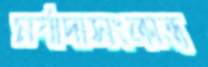
মর্যাদাসংক্রান্ত